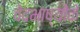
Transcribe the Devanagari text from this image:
वेदभाष्योंके